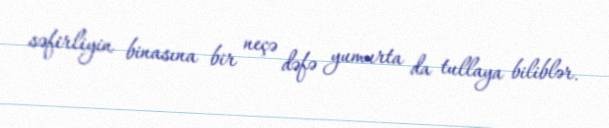
səfirliyin binasına bir neçə dəfə yumurta da tullaya biliblər.